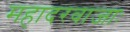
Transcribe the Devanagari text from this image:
महादरवाजाः